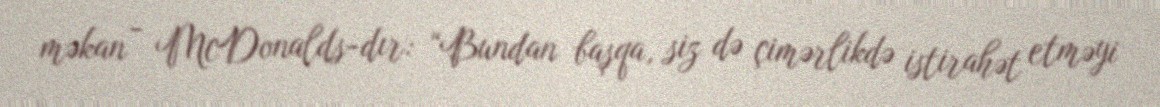
məkan - McDonalds-dır: “Bundan başqa, siz də çimərlikdə istirahət etməyi